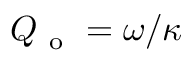
Q _ { \mathrm { ~ o ~ } } = \omega / \kappa